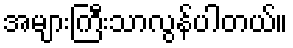
အများကြီးသာလွန်ပါတယ်။